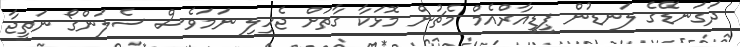
ދަގަނޑޭގެ ލަނޑުން ޕީޑީއާރްއެމް މެޗުން މޮޅަކާ ގާތަށް ޖެހިލި ނަމަވެސް ސެލަންގޯ ނަތީޖާ